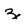
Character: z